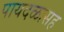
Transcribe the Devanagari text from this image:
पायदळासह